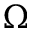
\Omega